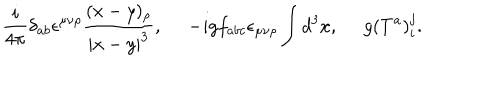
{ \frac { i } { 4 \pi } } \delta _ { a b } \epsilon ^ { \mu \nu \rho } { \frac { ( x - y ) _ { \rho } } { | x - y | ^ { 3 } } } , \, \, \, \, \, \, \, \, - i g f _ { a b c } \epsilon _ { \mu \nu \rho } \int d ^ { 3 } x , \, \, \, \, \, \, \, \, g ( T ^ { a } ) _ { i } ^ { j } .